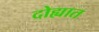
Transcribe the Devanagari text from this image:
दोह्यात